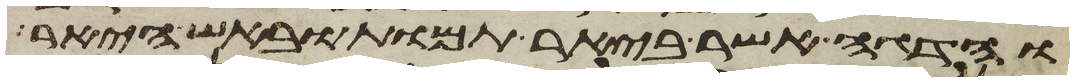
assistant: והדגה אשר ביאר תמות ובאש היאר